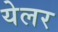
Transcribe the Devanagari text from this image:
येलर